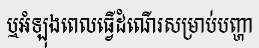
ឬអំឡុងពេលធ្វើដំណើរសម្រាប់បញ្ហា